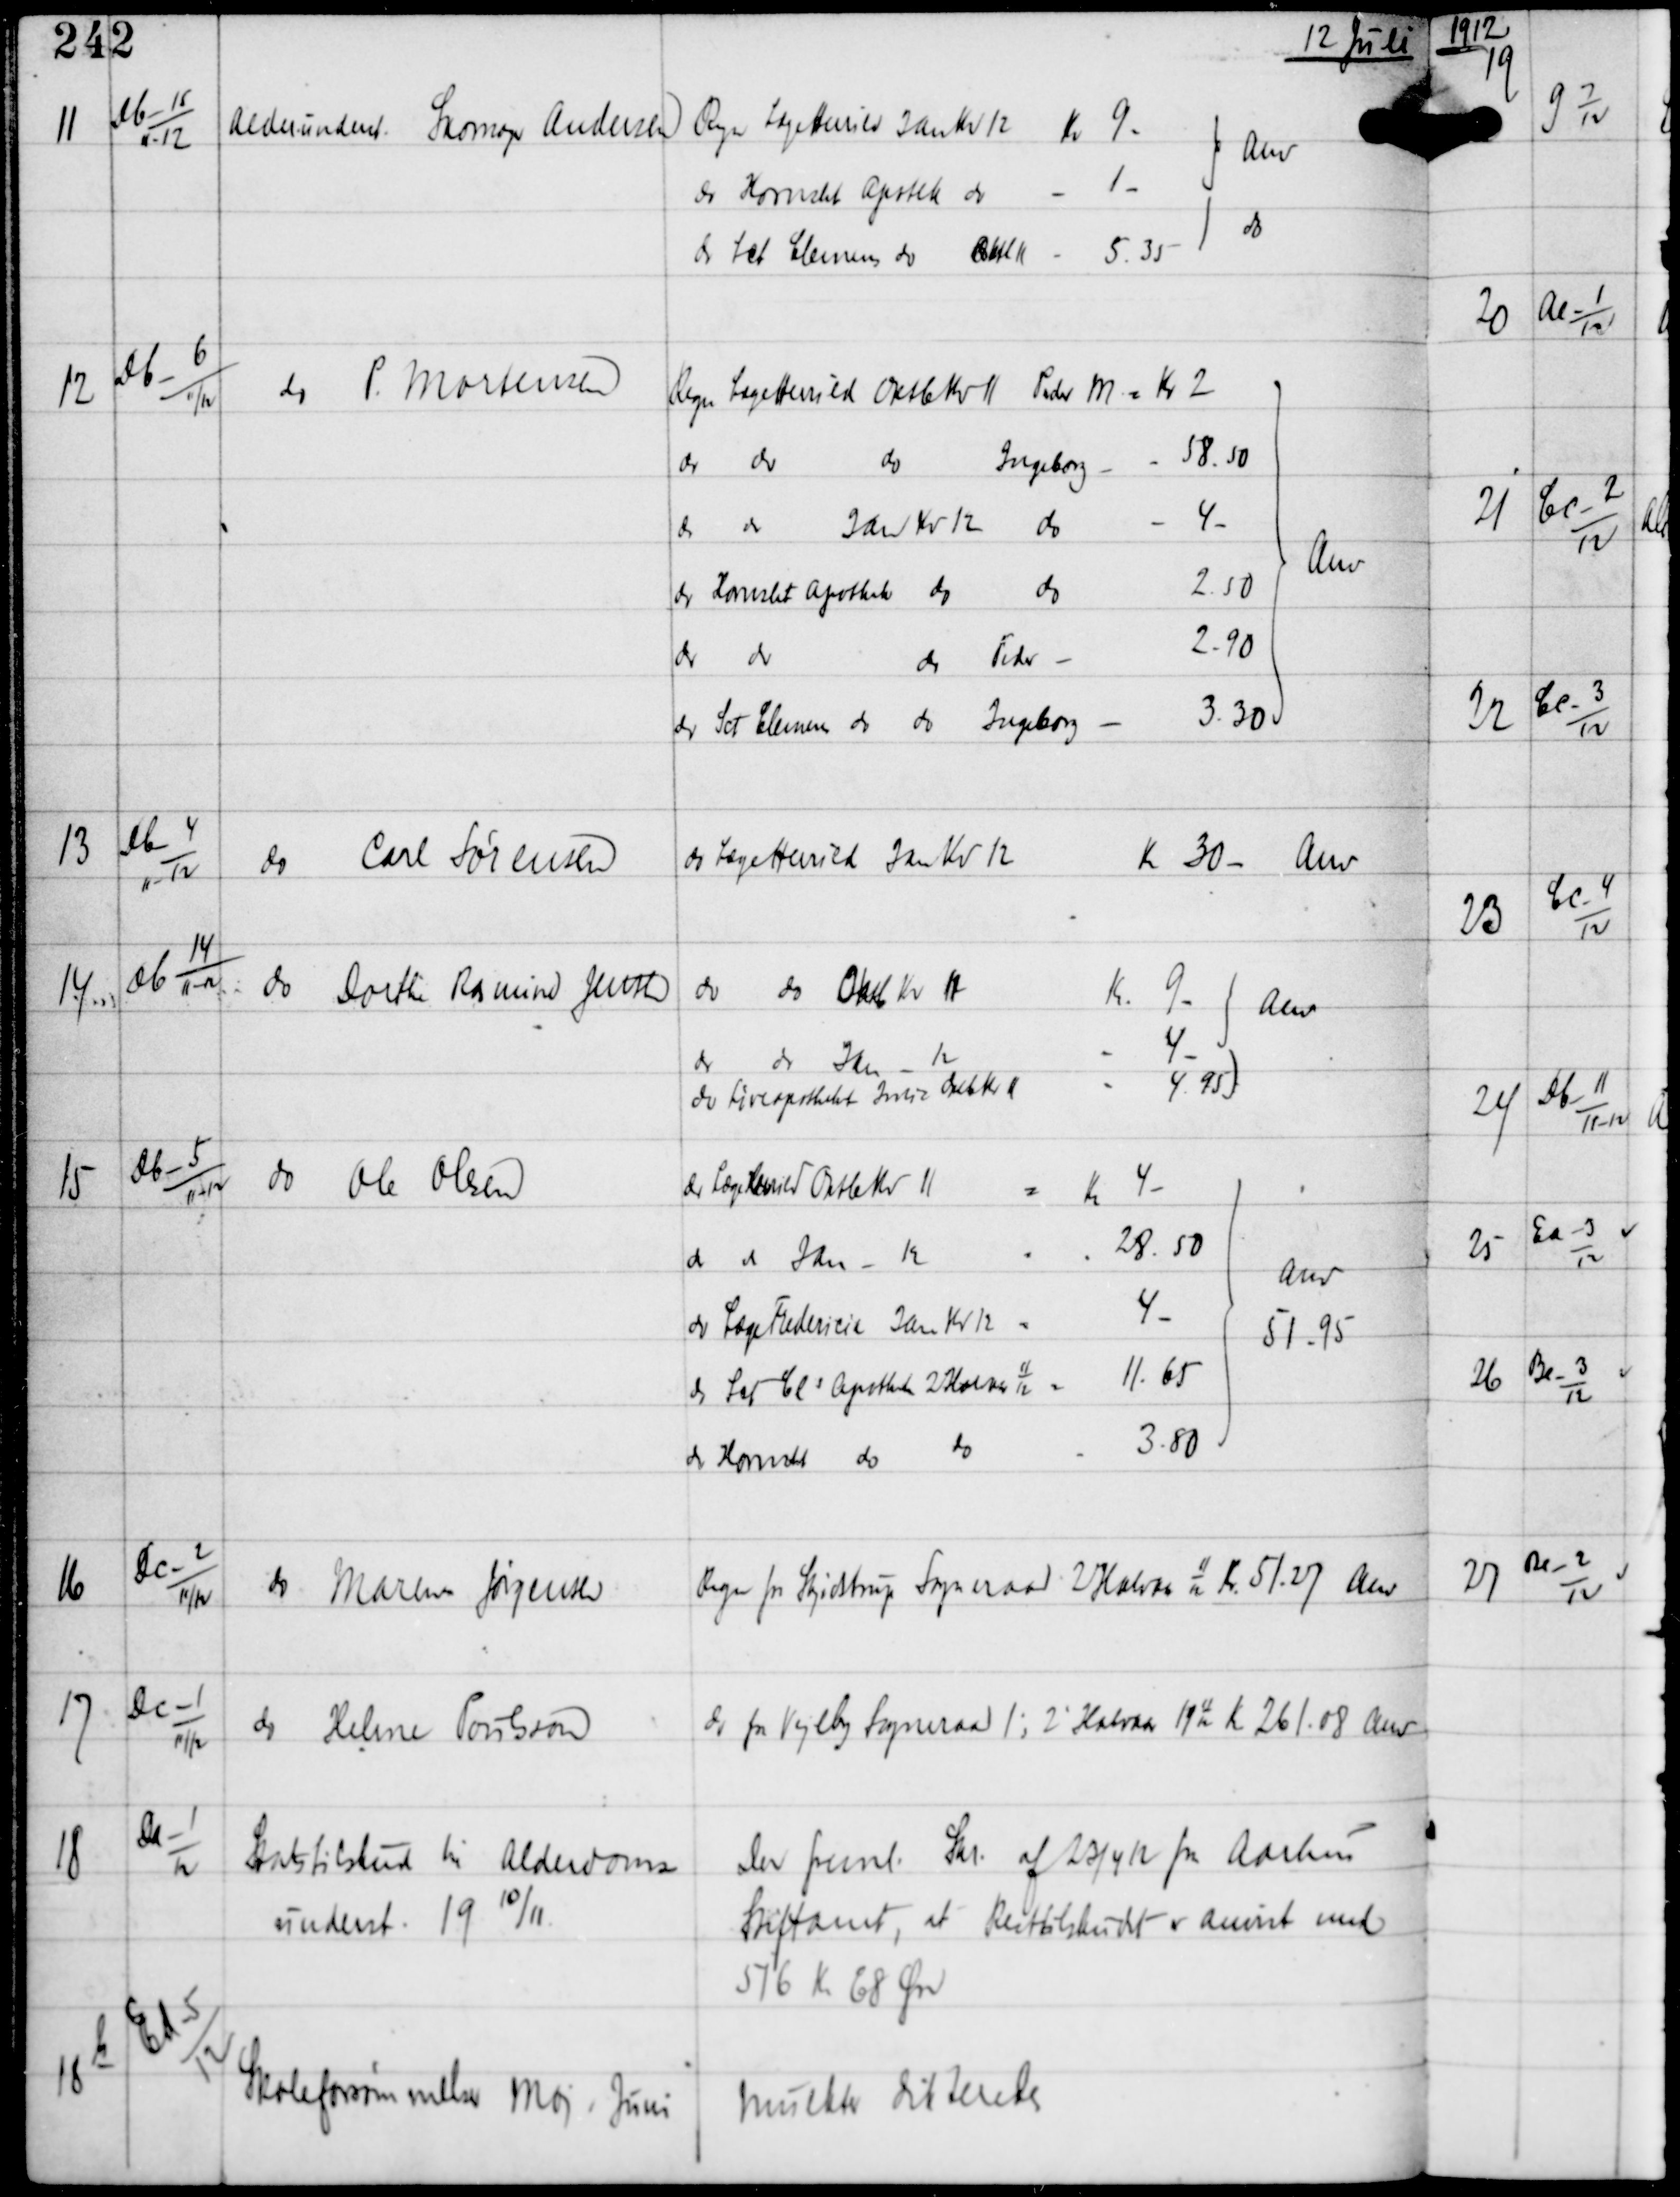
Transskription:
12 Juli

11

Db-15
11-12

Alderunderst Skomager Andersen

12

Db-6
11/12

do P. Mortensen

13

Db-4
11-12

do Carl Sørensen

do Læge Herrild Jan Kv 12
Kr 30-
Anv

14

Db 14
11-12

do Dorthe Rasmine Jensen

15

Db-5
11-12

do Ole Olesen

16

Dc-2
11/12

do Maren Jørgensen

Regn fra Skødstrup Sogneraad 2' Halvaar 1112 Kr 51.27.
Anv

17

Dc-1
11/12

do Helene Porilsson

do fra Vejlby Sogneraad 1' og 2' Halvaar 191112
Anv

18

Da-1
12

Statstilskud til Alderdoms-
underst 1910/11

Der freml Skr af 23/4 12 fra Aarhus
Stiftamt, at Resttilskudet er anvist med
516 Kr 68 Øre

18 b

Ed-5
12

Skoleforsømmelser Maj - Juni

Mulkter dikteredes